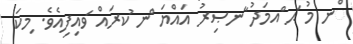
ްނ މު ަޙ ްއމަދު ާނޞިރު އައްޔަ ްނ ުކރައް ަވއިފިއެވެ. ިމކަ